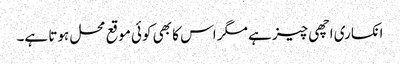
انکساری اچھی چیز ہے مگر اس کا بھی کوئی موقع محل ہوتا ہے۔